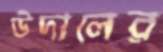
উদালের